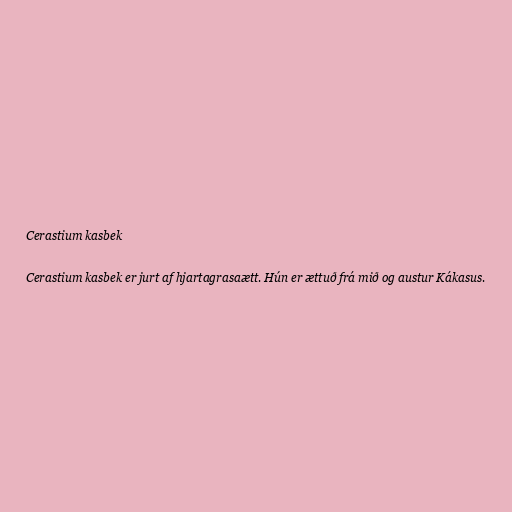
Cerastium kasbek

Cerastium kasbek er jurt af hjartagrasaætt. Hún er ættuð frá mið og austur Kákasus.